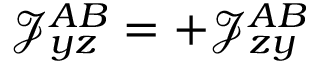
\mathcal { J } _ { y z } ^ { A B } = + \mathcal { J } _ { z y } ^ { A B }